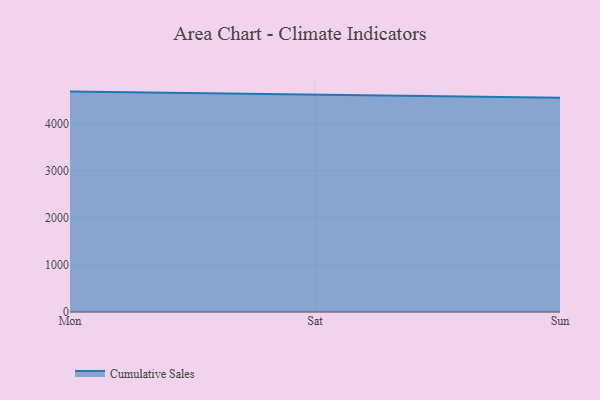
{"axis": {"x": "Day", "y": "Humidity (%)"}, "legend": ["Cumulative Sales"], "data": [{"x": "Mon", "y": 4678.9, "type": "Cumulative Sales"}, {"x": "Sat", "y": 4607.3, "type": "Cumulative Sales"}, {"x": "Sun", "y": 4546.6, "type": "Cumulative Sales"}]}